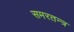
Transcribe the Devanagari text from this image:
समरतन्त्र